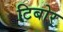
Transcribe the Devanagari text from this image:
टिबोर